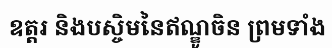
ឧត្តរ និងបស្ចិមនៃឥណ្ឌូចិន ព្រមទាំង